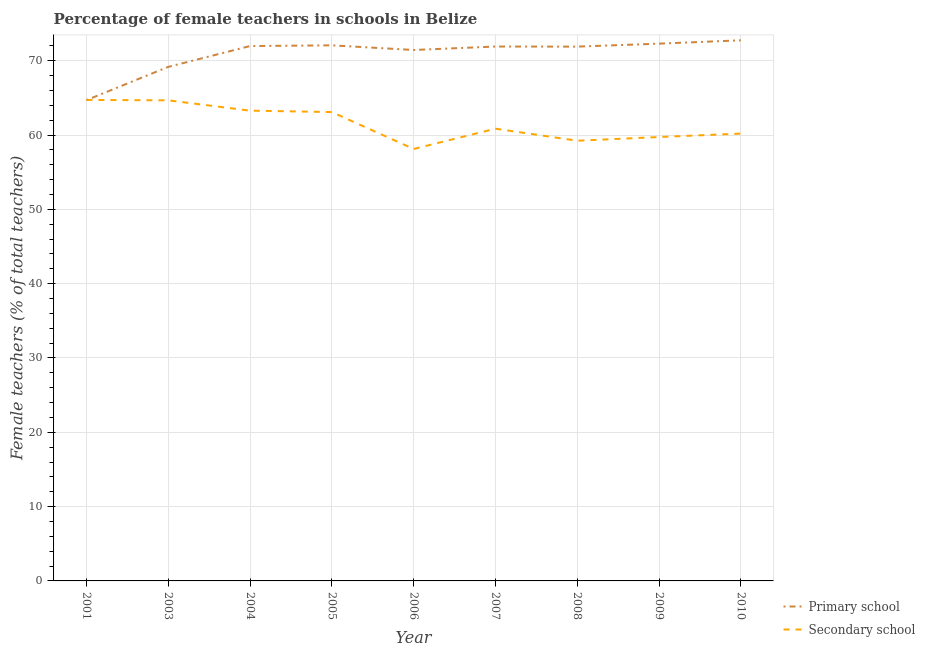
| Year | Primary school | Secondary school |
 | --- | --- | --- |
 | 2001 | 64.7 | 64.7 |
 | 2003 | 69.2 | 64.7 |
 | 2004 | 72 | 63.3 |
 | 2005 | 72.1 | 63.1 |
 | 2006 | 71.4 | 58.1 |
 | 2007 | 71.9 | 60.9 |
 | 2008 | 71.9 | 59.2 |
 | 2009 | 72.3 | 59.7 |
 | 2010 | 72.8 | 60.2 |